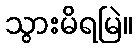
သွားမိရမြဲ။